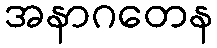
အနာဂတေန